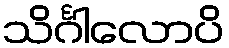
သိင်္ဂါလောပိ